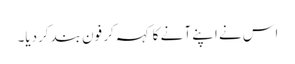
اس نے اپنے آ نے کا کہہ کر فون بند کردیا۔